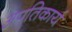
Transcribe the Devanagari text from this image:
अपतिकार्य